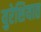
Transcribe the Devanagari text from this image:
युरेशियात